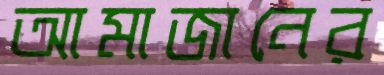
আমাজানের